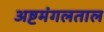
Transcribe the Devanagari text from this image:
अष्टमंगलताल